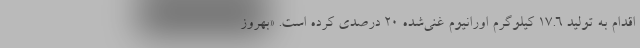
اقدام به تولید ۱۷.۶ کیلوگرم اورانیوم غنی‌شده ۲۰ درصدی کرده است. «بهروز